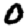
Digit: 0